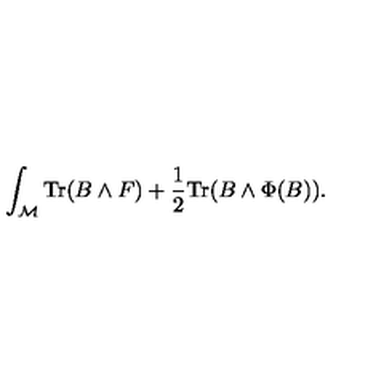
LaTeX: \int _ { \cal M } \mathrm { T r } ( B \wedge F ) + { \frac { 1 } { 2 } } \mathrm { T r } ( B \wedge \Phi ( B ) ) .